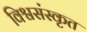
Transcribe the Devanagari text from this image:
विश्वसंस्कृत